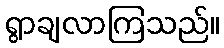
ရွာချလာကြသည်။